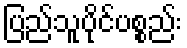
ပြည်သူပိုင်ပစ္စည်း